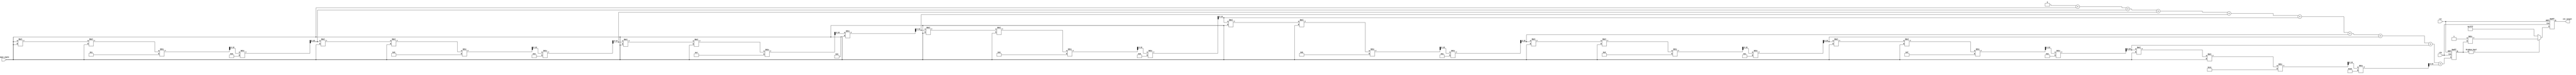
module cotangent_arithmetic_block (
    input wire signed [15:0] input_angle, // Input angle in radians (fixed-point)
    output reg signed [15:0] cot_output,    // Cotangent output (fixed-point)
    input wire clk,                         // Clock signal
    input wire rst                          // Reset signal
);
    
    reg signed [15:0] tan_value; // Store tangent result
    wire signed [15:0] reciprocal; // Store reciprocal of tangent

    // Tangent Calculation using Taylor Series Approximation
    always @(posedge clk or posedge rst) begin
        if (rst) begin
            tan_value <= 0;
        end else begin
            tan_value <= tan_approx(input_angle);
        end
    end

    // Reciprocal Calculation
    assign reciprocal = (tan_value != 0) ? (16'h0001 / tan_value) : 16'h7FFF; // 7FFF represents infinity

    // Cotangent output calculation
    always @(posedge clk or posedge rst) begin
        if (rst) begin
            cot_output <= 0;
        end else begin
            cot_output <= reciprocal;
        end
    end

    // Function to approximate tangent using Taylor Series
    function signed [15:0] tan_approx(input signed [15:0] angle);
        reg signed [15:0] term;
        integer n;
        
        begin
            tan_approx = 0;
            term = angle; // First term: angle
            for (n = 1; n < 10; n = n + 1) begin // 10 terms in the Taylor series
                tan_approx = tan_approx + term;
                term = (term * angle * angle) / (2 * n + 1); // Calculate the next term
                term = term / (2 * n); // Factorial part for nth term
            end
        end
    endfunction

endmodule